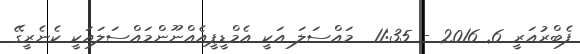
ފެބްރުއަރީ 6